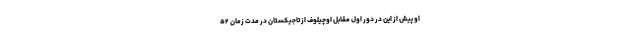
او پیش از این در دور اول مقابل اوچیلوف از تاجیکستان در مدت زمان ۵۲